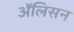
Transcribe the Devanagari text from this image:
अॅलिसन